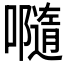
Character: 𡃴